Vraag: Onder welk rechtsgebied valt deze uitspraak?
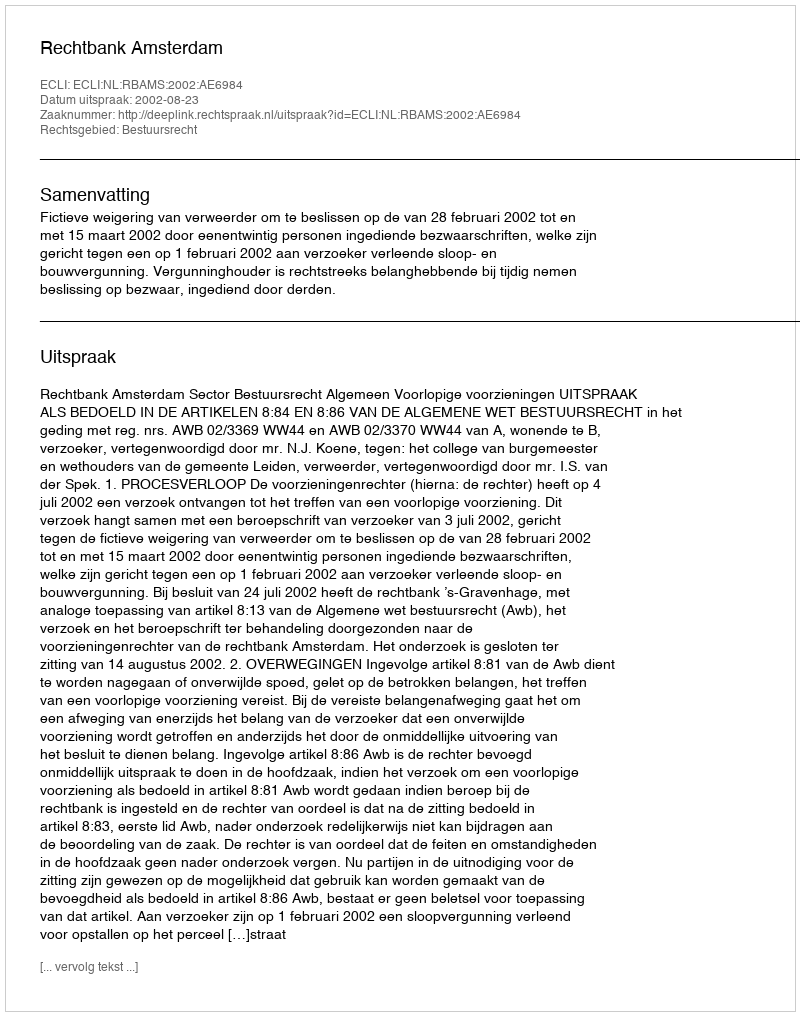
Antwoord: Bestuursrecht